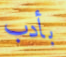
بأدب